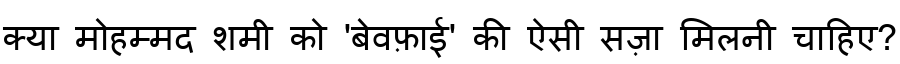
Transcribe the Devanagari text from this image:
क्या मोहम्मद शमी को 'बेवफ़ाई' की ऐसी सज़ा मिलनी चाहिए?